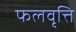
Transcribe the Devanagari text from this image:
फलवृत्ति